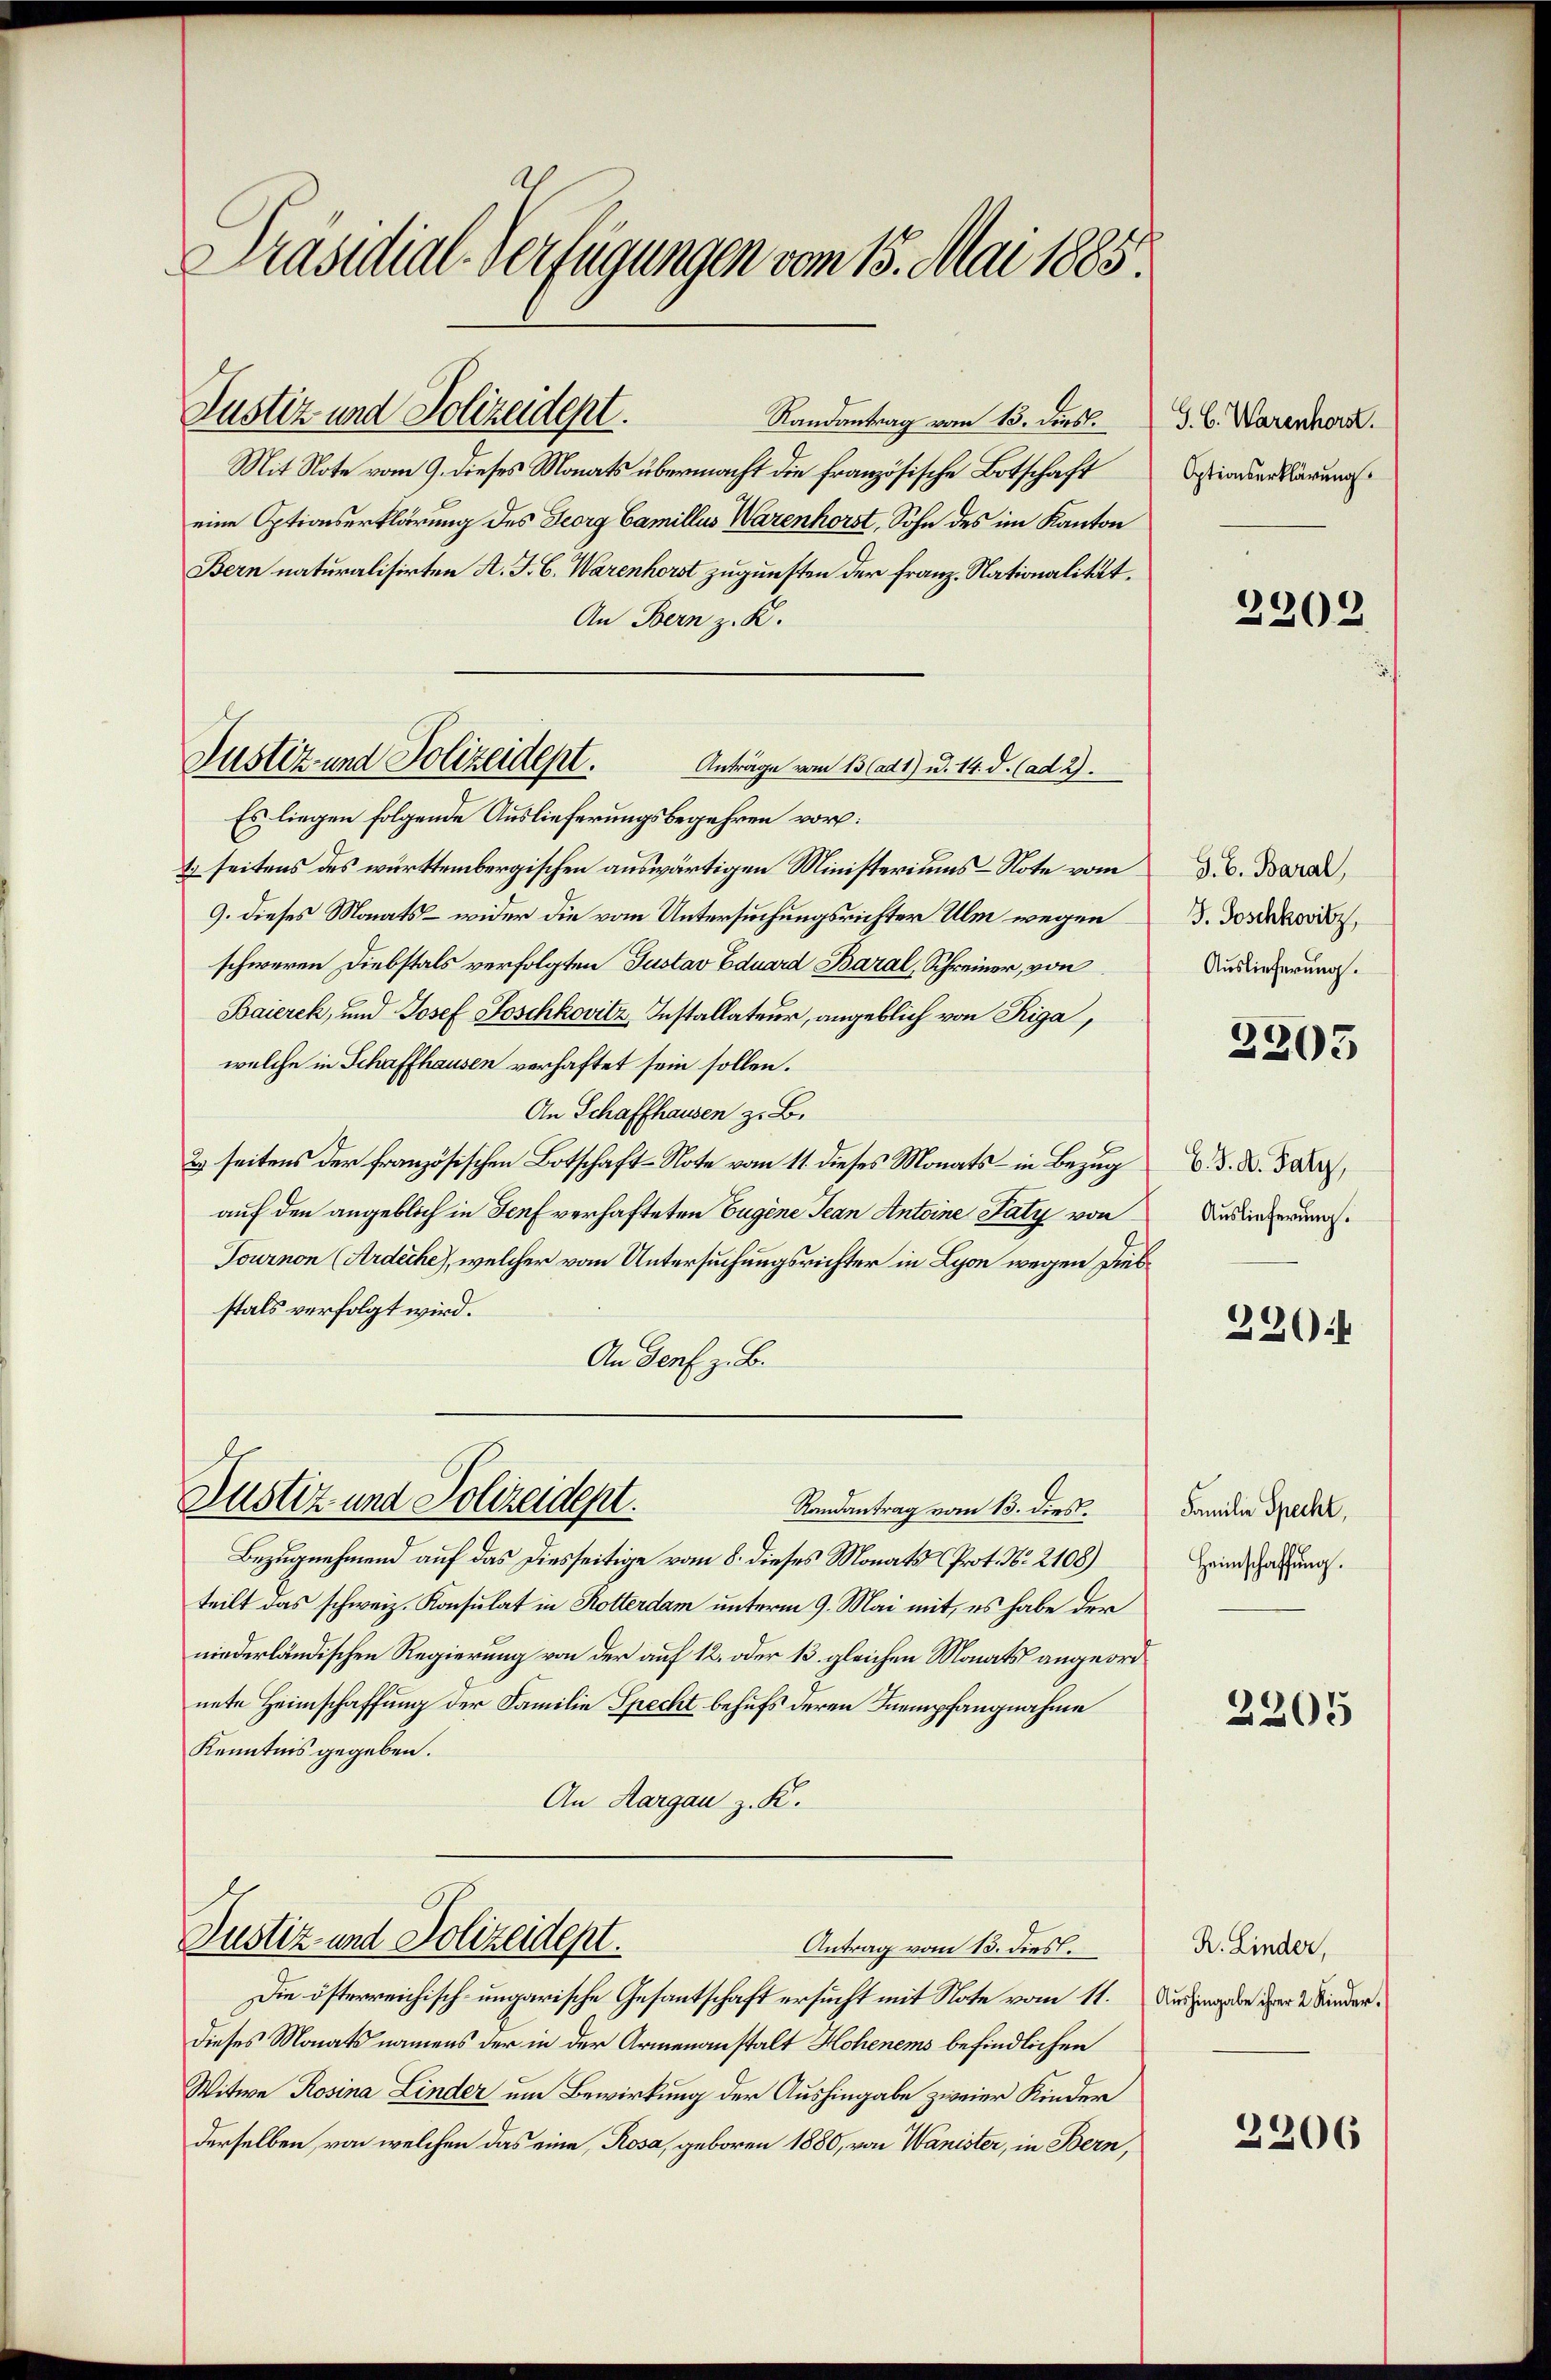
Präsidial-Verfügungen vom 15. Mai 1885.

Justiz und Polizeident.

Justiz- und Polizeidept.
Anträge vom 13 (ad 1) u. 14. d. (ad 2.

Randantrag vom 13. Diesl.
Mit Note vom 9. dieses Monats übermacht die Französische Botschaft
eine Optionserklärung des Georg Camillus Warenhorst, Sohn des im Kanton
Bern naturalisirten A. J. C. Warenhorst zugunsten der Franz. Nationalität.
An Bern z. K.
Es liegen folgende Auslieferungsbegehren vor:
1. seitens des württembergischen auswärtigen Ministeriums-Note vom
9. dieses Monats – wider die vom Untersuchungsrichter Ulm wegen
schweren Diebstals verfolgten Gustav Eduard Baral, Schreiner, von
Baierek, und Josef Soschkovitz, Installateur, angeblich von Riga,
welche in Schaffhausen verhaftet sein sollen.
An Schaffhausen z. B.
2) seitens der französischen Botschaft-Note vom 11. dieses Monats - in Bezug
auf den angeblich in Senf verhafteten Eugene Jean Antoine Paty von
Tournon (Ardéche), welcher vom Untersuchungsrichter in Lyon wegen dies
stals verfolgt wird.
An Genf z. B.
Justiz und Polizeidept.
Randantrag vom 13. dies.
Bezugnehmend auf das Diesseitige vom 8. dieses Monats Prot. No. 2108)
teilt das schweiz. Konsulat in Rotterdam unterm 9. Mai mit, es habe der
niederländischen Regierung von der auf 12 oder 13. gleichen Monats angeordnete Heimschaffung der Familie Specht behufs deren Inempfangnahme
Kenntnis gegeben.
An Aargau z. K.

Justiz und Polizeidept.
Antrag vom 15. dies.

Die österreichisch-ungarische Gesantschaft ersucht mit Note vom 11. Dergabe der 2 Kinderdieses Monats namens der in der Armenanstalt Hohenems befindlichen
Witwe Rosina Linder um Bewirkung der Aushingabe zweier Kinder
derselben, von welchen das eine, Rosa, geboren 1880, von Wanister, in Bern,

t

G. C. Warenhorst.
Optionserklärung

2202.

G. B. Baral
J. Poschkovitz,
Auslieferung.

2305

b. J. A. Faty,
Auslieferung.

330:

Familie Specht,
Heimschaffung.

2305

R. Linder,

2206